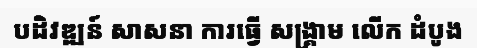
បដិវឌ្ឍន៍ សាសនា ការធ្វើ សង្គ្រាម លើក ដំបូង